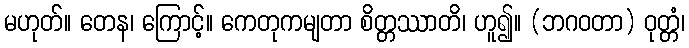
မဟုတ်။ တေန၊ ကြောင့်။ ကေတုကမျတာ စိတ္တဿာတိ၊ ဟူ၍။ (ဘဂဝတာ) ဝုတ္တံ၊